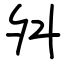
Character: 舛